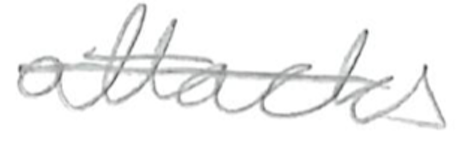
Text: attacks
Cross-out: single-line
Writing tool: pencil